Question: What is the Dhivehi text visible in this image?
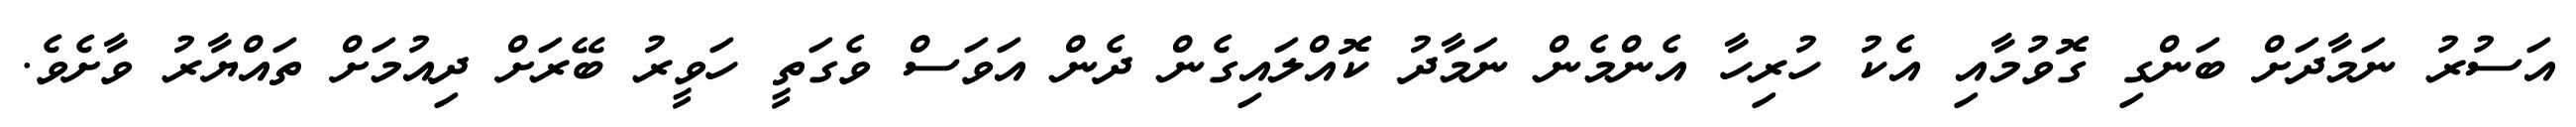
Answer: އަސުރު ނަމާދަށް ބަންގި ގޮވުމާއި އެކު ހުރިހާ އެންމެން ނަމާދު ކޮއްލައިގެން ދެން އަވަސް ވެގަތީ ހަވީރު ބޭރަށް ދިއުމަށް ތައްޔާރު ވާށެވެ.